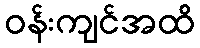
ဝန်းကျင်အထိ